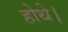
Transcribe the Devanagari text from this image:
होथे।